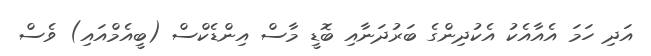
އަދި ހަމަ އެއާއެކު އެކުދިންގެ ބަރުދަނާއި ބޮޑީ މާސް އިންޑެކްސް (ބީއެމްއައި) ވެސް